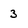
Character: 3